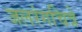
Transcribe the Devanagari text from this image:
जलरंगचित्रे